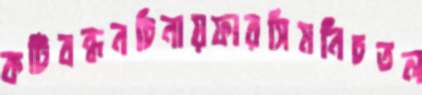
কটিবন্ধনচিনায়ফারসিমনিচতল